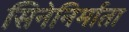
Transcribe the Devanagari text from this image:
सिनेनिर्माता